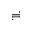
\risingdotseq